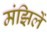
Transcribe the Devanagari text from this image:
मंझिलें